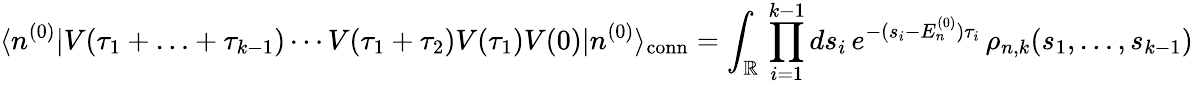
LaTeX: \langle n^{(0)}|V(\tau_{1}+\ldots+\tau_{k-1})\dotsm V(\tau_{1}+\tau_{2})V(\tau_{1})V(0)|n^{(0)}\rangle_{\mathrm{conn}}=\int_{\mathbb{R}}\, \prod_{i=1}^{k-1}ds_{i}\, e^{-(s_{i}-E_{n}^{(0)})\tau_{i}}\, \rho_{n,k}(s_{1},\ldots,s_{k-1})